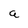
Character: a